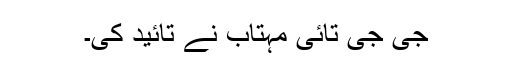
جی جی تائی مہتاب نے تائید کی۔